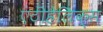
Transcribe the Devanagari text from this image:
एंटीहेलिक्स